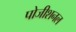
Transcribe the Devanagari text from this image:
पोजीशनल